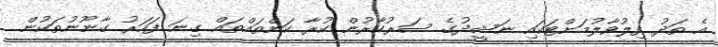
އެ ތަދު ފިލުވާލުމަށްޓަކައި ނަޝީދުގެ ސަރުކާރުން ކުރާ ކަންތައްތައް ގިނަ ފަހަރު ގާނޫނުތަކުން